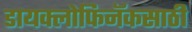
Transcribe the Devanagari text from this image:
डायक्लोफिनॅकसाठी